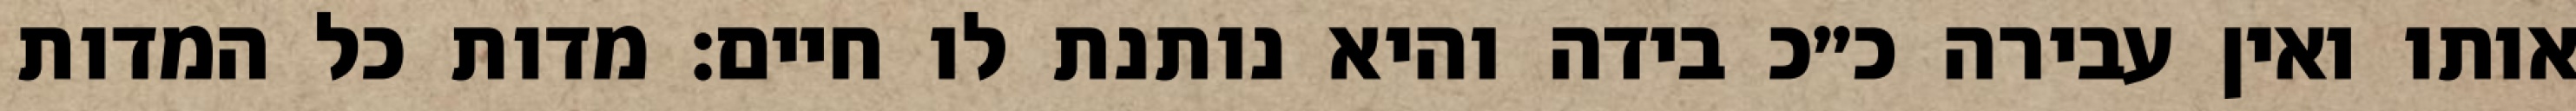
אותו ואין עבירה כ״כ בידה והיא נותנת לו חיים: מדות כל המדות